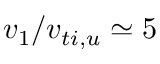
v _ { 1 } / v _ { t i , u } \simeq 5